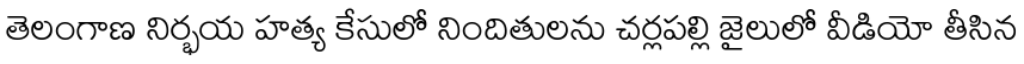
తెలంగాణ నిర్భయ హత్య కేసులో నిందితులను చర్లపల్లి జైలులో వీడియో తీసిన